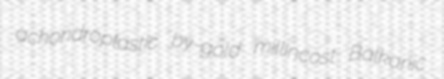
achondroplastic by-gold millincost Balkanic